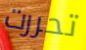
تحررت